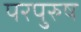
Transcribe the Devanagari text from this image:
परपुरुष